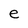
Character: e